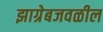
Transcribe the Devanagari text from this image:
झाग्रेबजवळील